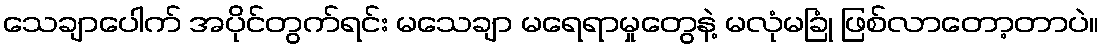
သေချာပေါက် အပိုင်တွက်ရင်း မသေချာ မရေရာမှုတွေနဲ့ မလုံမခြုံ ဖြစ်လာတော့တာပဲ။